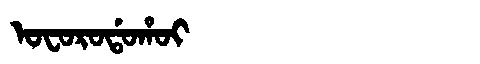
Manchu: ᠣᠸᠣᡵᠣᡩᠣᡥᠣᡳ
Romanization: OFORODOHOI